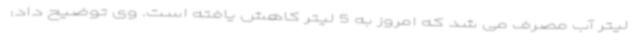
لیتر آب مصرف می شد که امروز به 5 لیتر کاهش یافته است. وی توضیح داد: